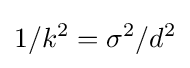
1/k^{2}=\sigma ^{2}/d^{2}